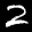
Label: 2